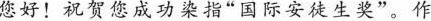
您好！祝贺您成功染指”国际安徒生奖”。作